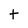
Character: t